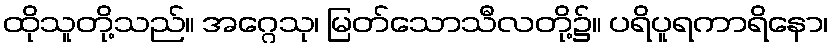
ထိုသူတို့သည်။ အဂ္ဂေသု၊ မြတ်သောသီလတို့၌။ ပရိပူရကာရိနော၊